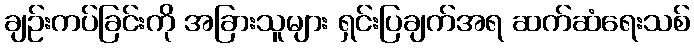
ချဉ်းကပ်ခြင်းကို အခြားသူများ ရှင်းပြချက်အရ ဆက်ဆံရေးသစ်